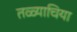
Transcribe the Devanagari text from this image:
तळ्याचिया